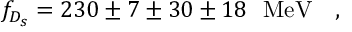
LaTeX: f _ { D _ { s } } = 2 3 0 \pm 7 \pm 3 0 \pm 1 8 ~ ~ \mathrm { M e V } ~ ~ ~ ,